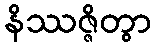
နိဿဇ္ဇိတွာ